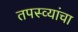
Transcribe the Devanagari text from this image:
तपस्व्यांचा